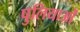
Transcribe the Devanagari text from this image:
पुलियाओं